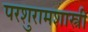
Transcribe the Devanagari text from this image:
परशुरामशास्त्री